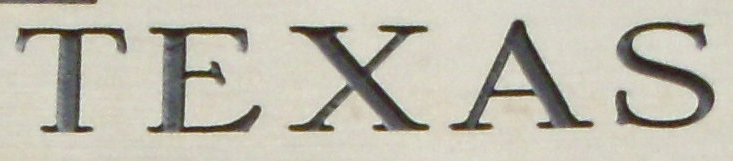
TEXAS